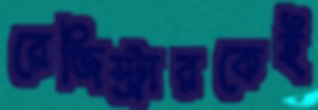
রেজিস্ট্রারকেই